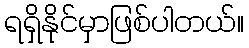
ရရှိနိုင်မှာဖြစ်ပါတယ်။